65_HS1-834228961_62-HQ-83894_Section_2
Agency: FBI
Page 72
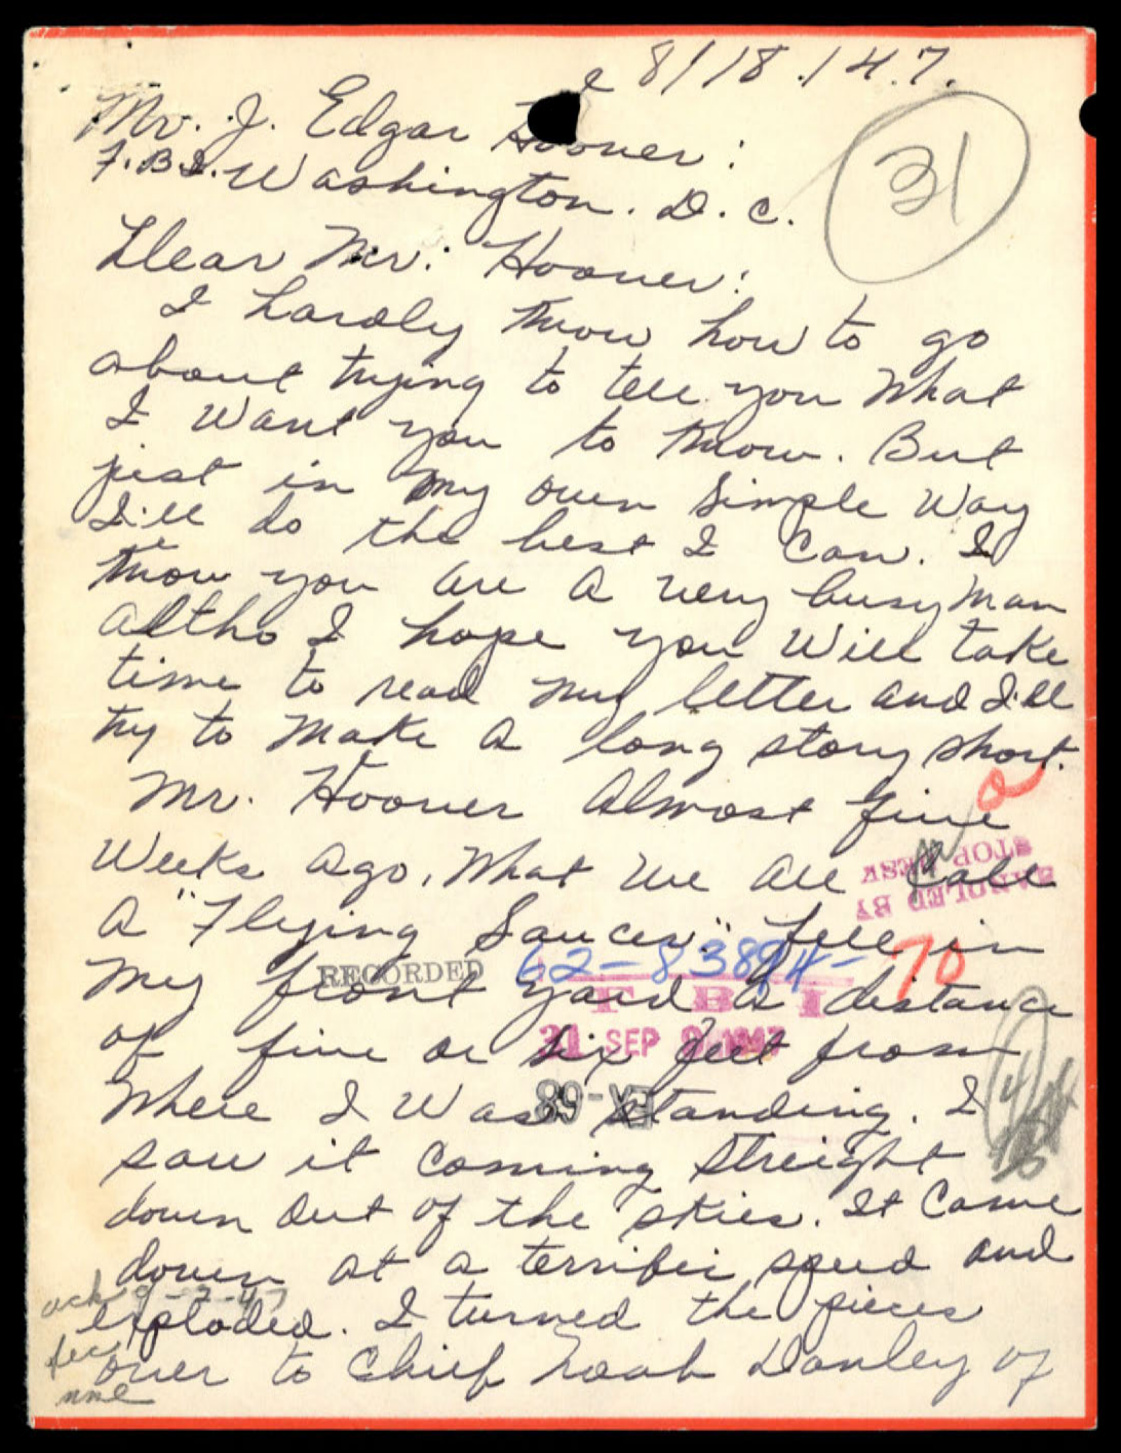